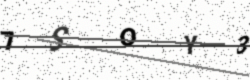
Text: 7SOY3